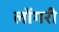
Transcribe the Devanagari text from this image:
लोंगरी